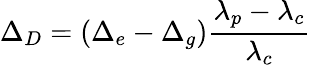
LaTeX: \Delta_{D}=(\Delta_{e}-\Delta_{g})\frac{\lambda_{p}-\lambda_{c}}{\lambda_{c}}